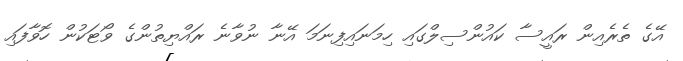
އޭގެ ތެރެއިން ރައީސާ ކައުންސިލްގައި ހިމަނައިފިނަމަ އޭނާ ނުވާނެ ރައްޔިތުންގެ ވޯޓަކުން ހޮވާފައި